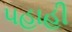
પહાહી